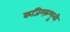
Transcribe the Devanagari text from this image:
कजिम्क़णुली